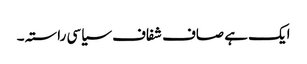
ایک ہے صاف شفاف سیاسی راستہ ۔